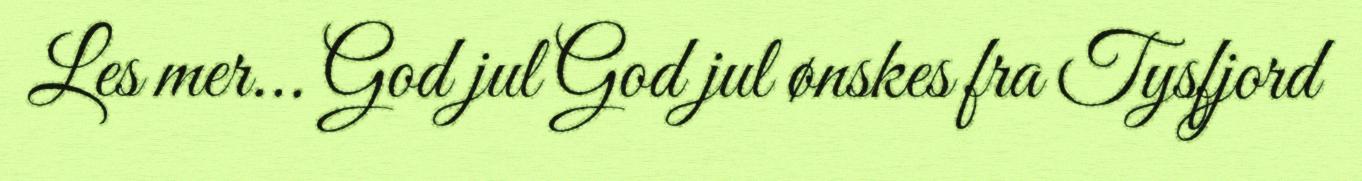
Les mer... God jul God jul ønskes fra Tysfjord